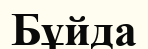
Бұйда